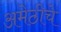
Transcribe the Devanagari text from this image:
अमेठीचे